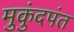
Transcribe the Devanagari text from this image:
मुकुंदपंत